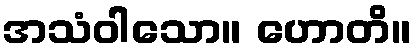
အသံဝါသော။ ဟောတိ။